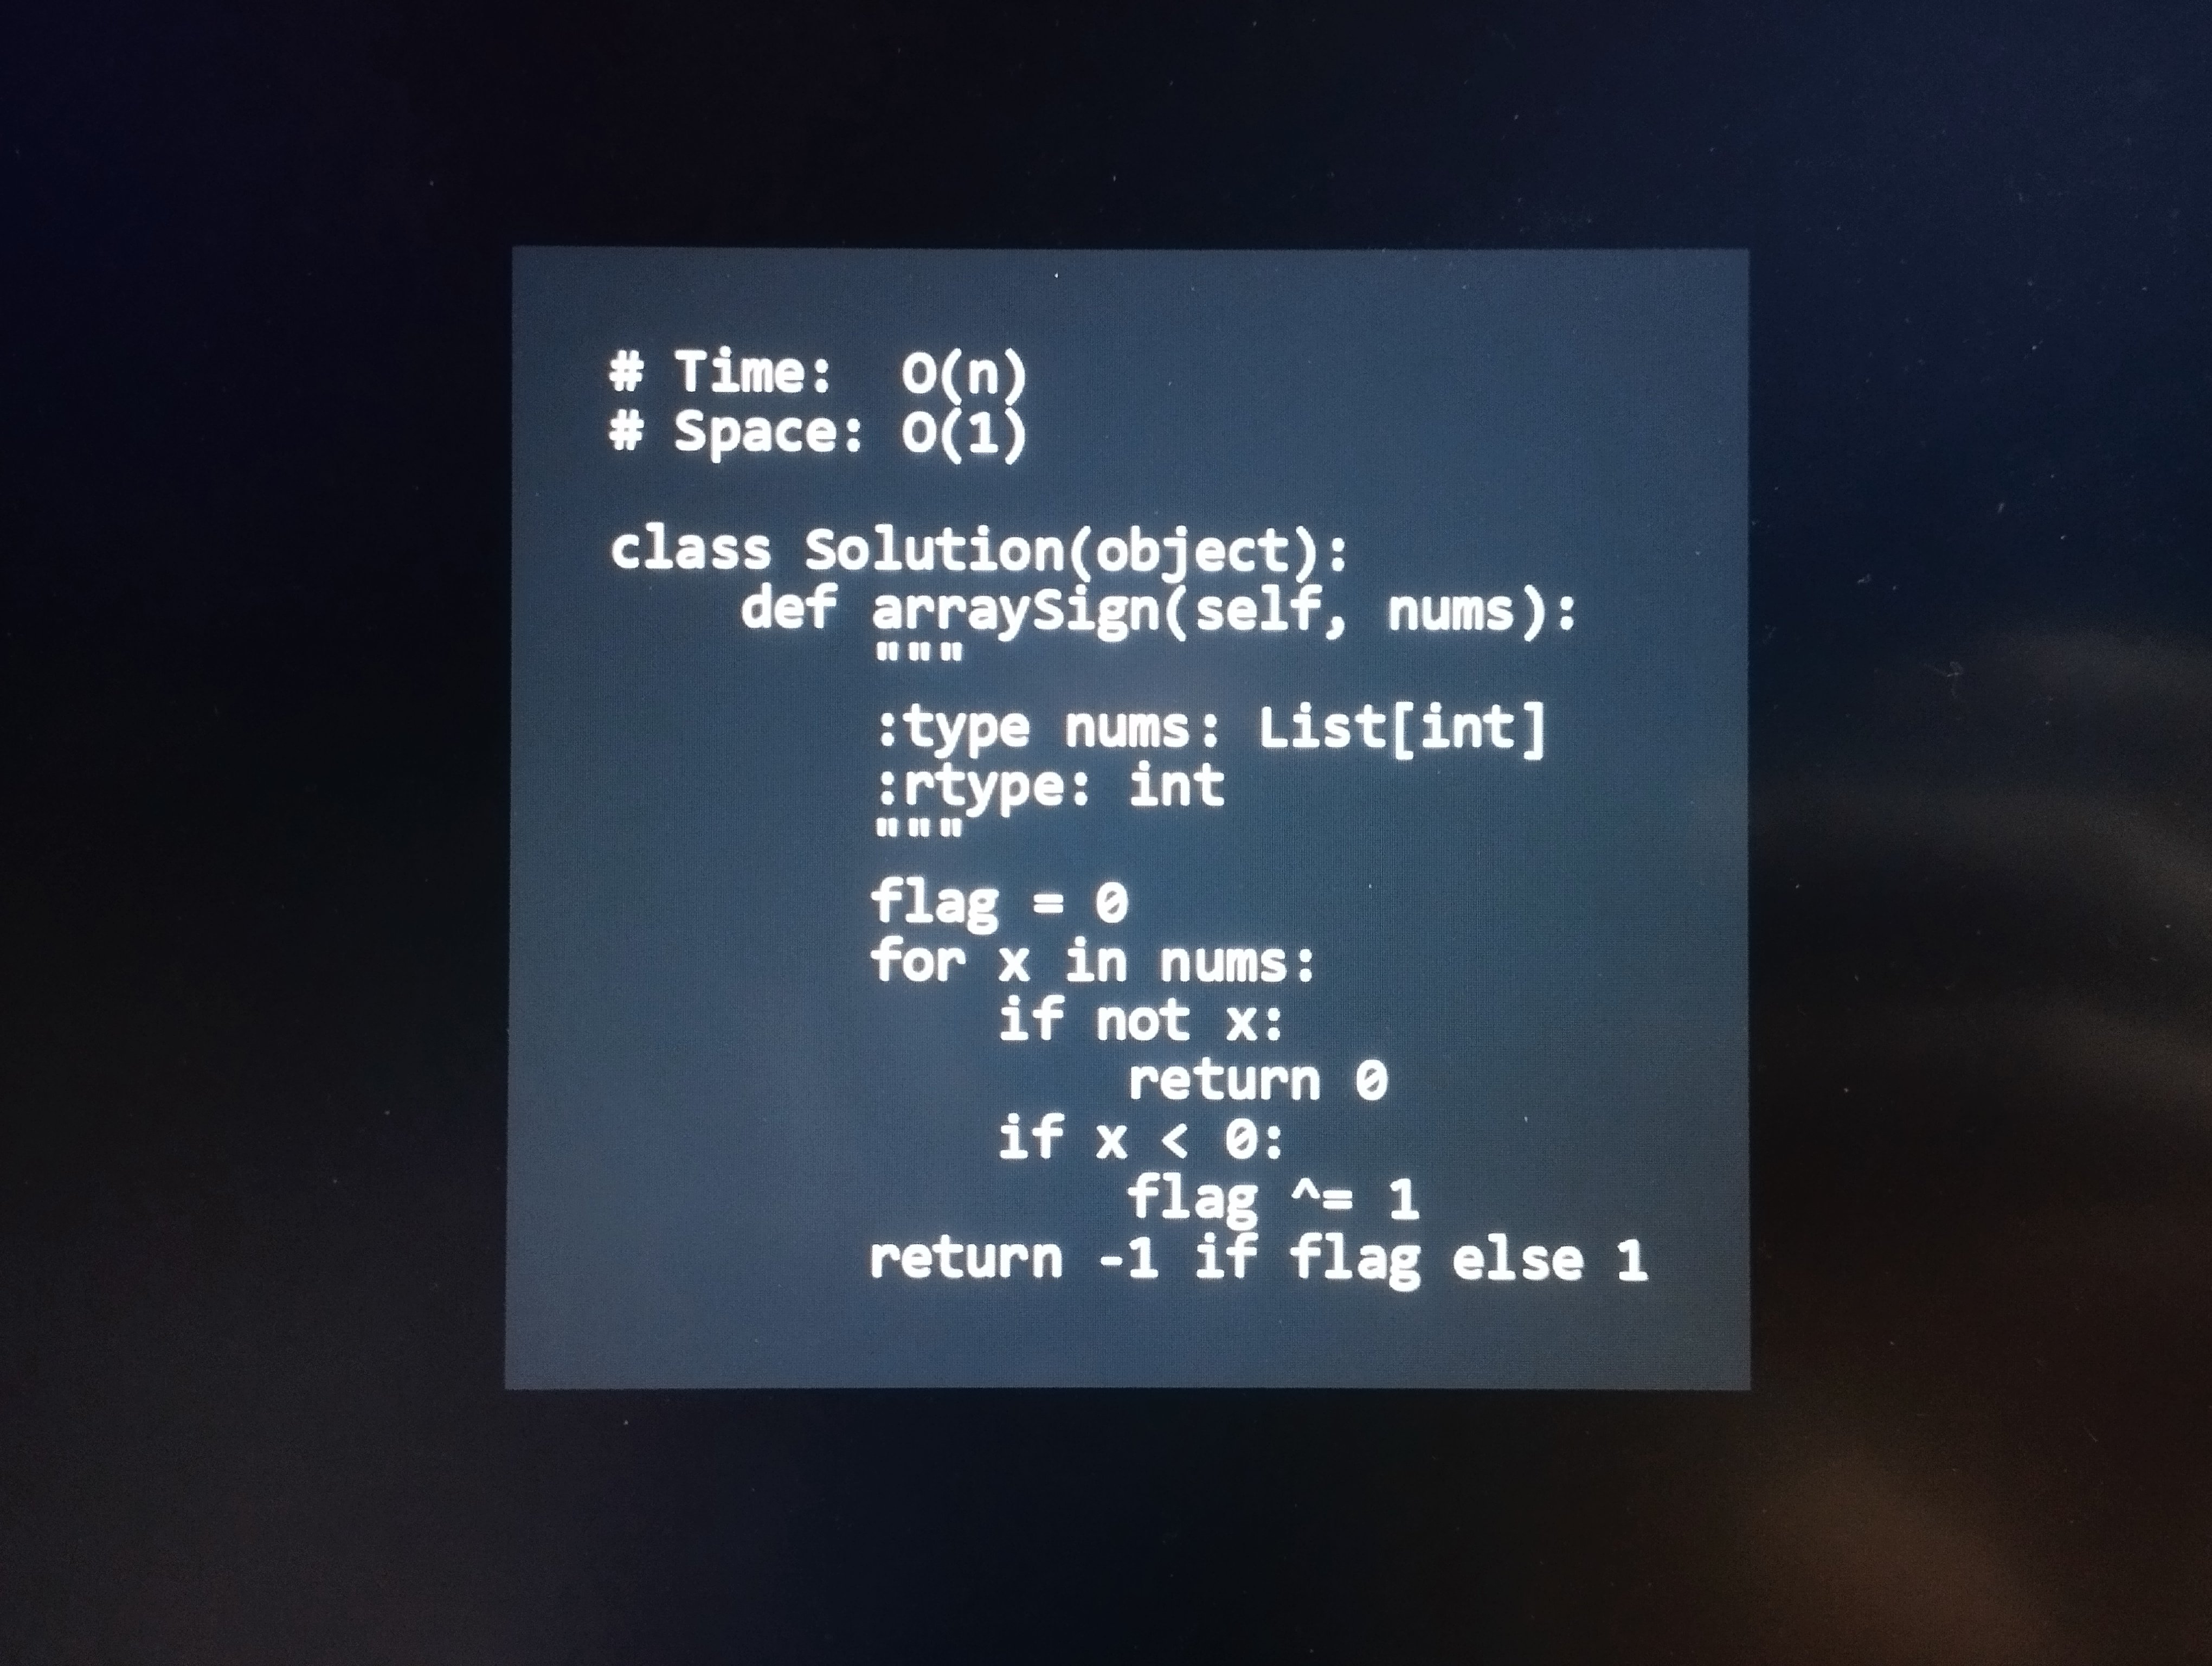
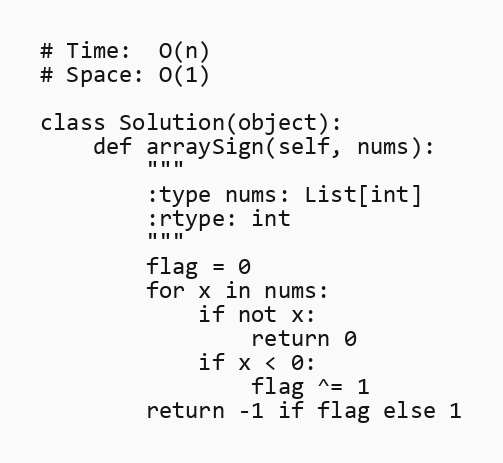
# Time:  O(n)
# Space: O(1)

class Solution(object):
    def arraySign(self, nums):
        """
        :type nums: List[int]
        :rtype: int
        """
        flag = 0
        for x in nums:
            if not x:
                return 0
            if x < 0:
                flag ^= 1
        return -1 if flag else 1